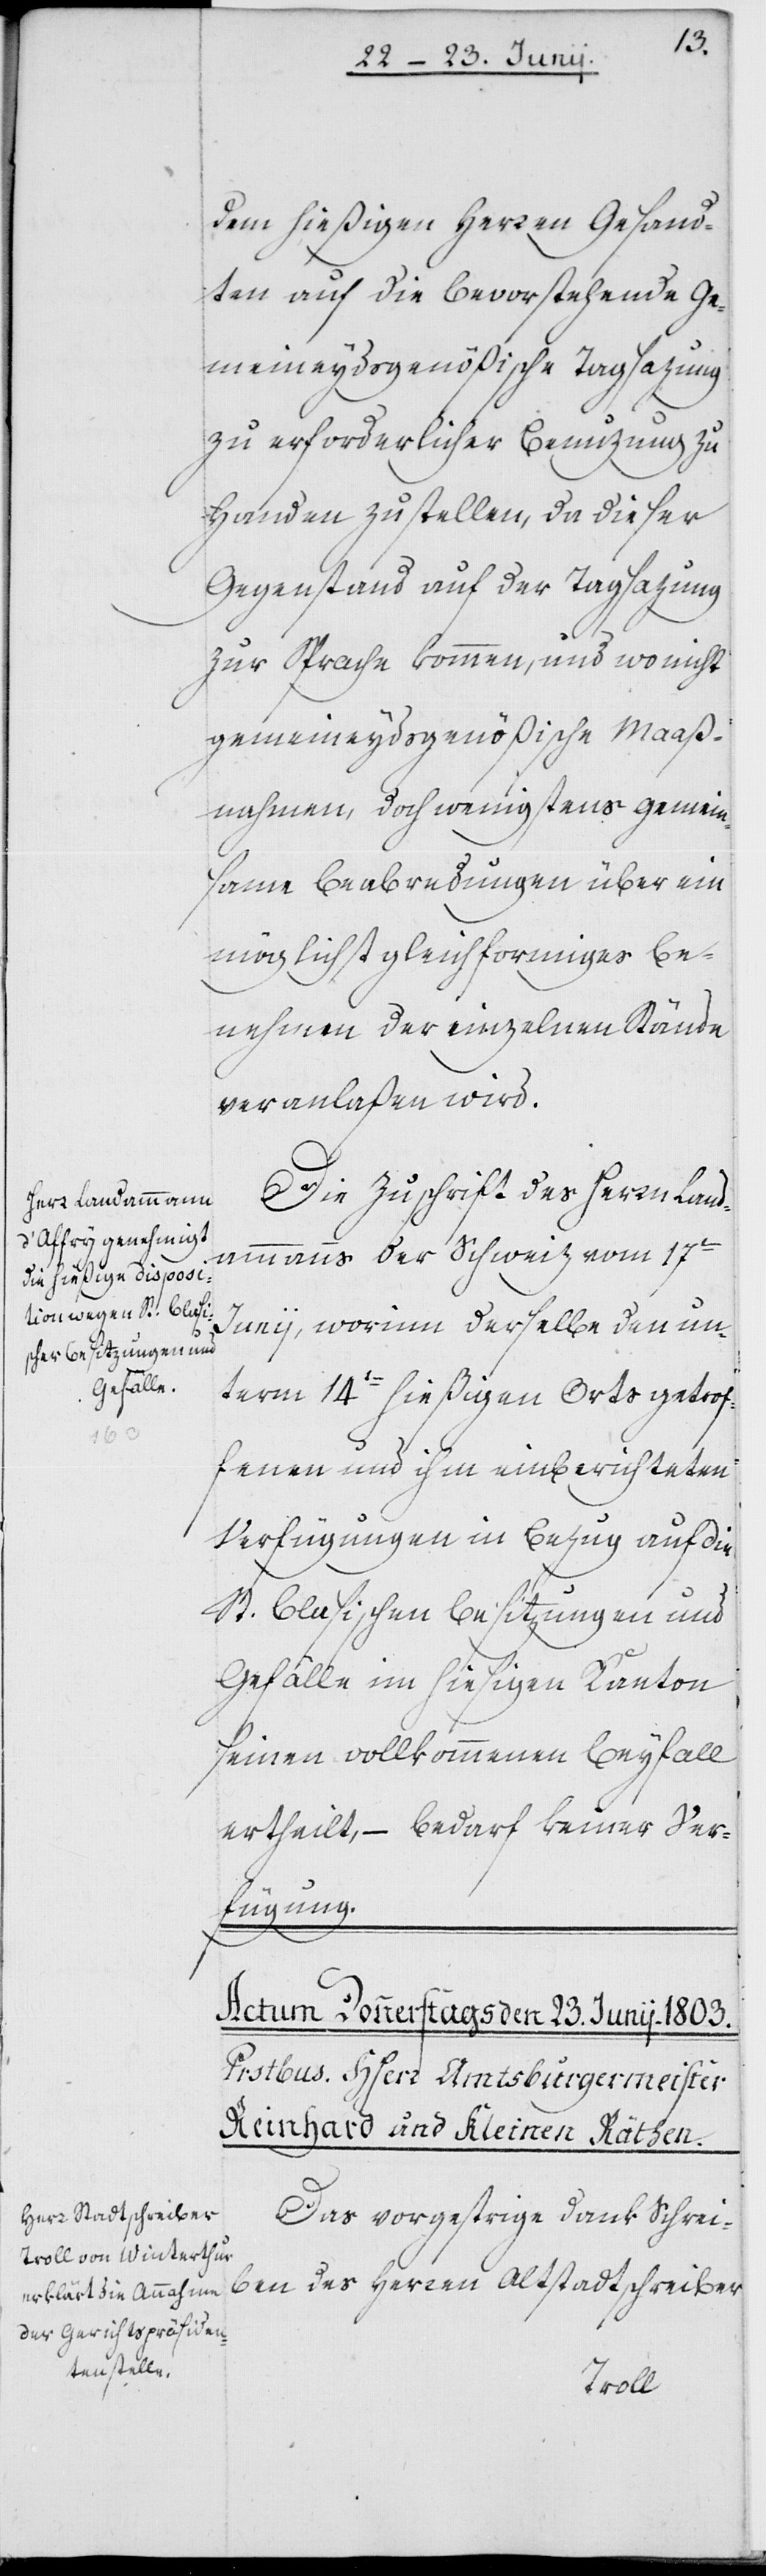
dem hießigen Herren Gesand¬
ten auf die bevorstehende Ge¬
meineydsgenößische Tagsazung
zu erforderlicher Benuzung zu
Handen zu stellen, da dieser
Gegenstand auf der Tagsazung
zur Sprache kommen, und wo nicht
gemeineydsgenößische Maaß¬
nahmen, doch wenigstens gemein¬
same Beabredungen über ein
möglichst gleichformiges Be¬
nehmen der einzelnen Stände
veranlaßen wird.
Die Zuschrift des Herrn Land¬
ammanns der Schweiz vom 17ten
Junii, worinn derselbe den un¬
term 14ten hießigen Orts getrof¬
fenen und ihm einberichteten
Verfügungen in Bezug auf die
St. Blasischen Besizungen und
Gefälle im hiesigen Kanton
seinen vollkommenen Beifall
ertheilt, – bedarf keiner Ver¬
fügung.
Das vorgestrige Dank Schrei¬
ben des Herren Altstadtschreiber